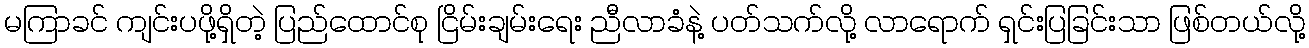
မကြာခင် ကျင်းပဖို့ရှိတဲ့ ပြည်ထောင်စု ငြိမ်းချမ်းရေး ညီလာခံနဲ့ ပတ်သက်လို့ လာရောက် ရှင်းပြခြင်းသာ ဖြစ်တယ်လို့